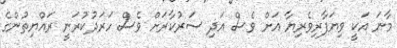
މާނަ އަކީ ވިޔަފާރިވެރިޔާ އަށް ވެސް އަދި ސަރުކާރަށް ވެސް ހަރަދުކުރަނީ ރައްޔިތުންގެ